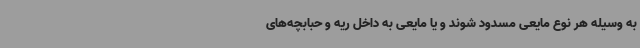
به وسیله هر نوع مایعی مسدود شوند و یا مایعی به داخل ریه و حبابچه‌های